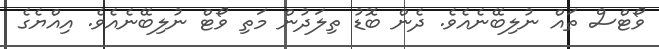
ވޯޓްސް ތައް ނުލިބޭނެއެވެ. ދެން ބޮޑު ތިލަދުން މަތި ވޯޓް ނުލިބޭނެއެވެ. އިއްޔެގެ